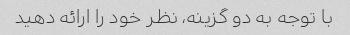
با توجه به دو گزینه، نظر خود را ارائه دهید